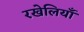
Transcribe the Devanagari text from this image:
रखेलियाँ